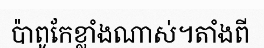
ប៉ាពូកែខ្លាំងណាស់។តាំងពី